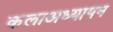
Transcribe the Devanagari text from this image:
कलाअध्यापन